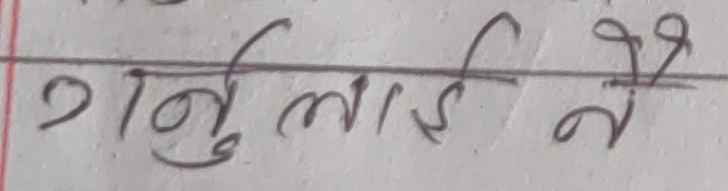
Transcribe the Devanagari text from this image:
गर्नुलाई नै